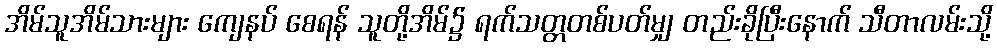
အိမ်သူအိမ်သားများ ကျေနပ် စေရန် သူတို့အိမ်၌ ရက်သတ္တတစ်ပတ်မျှ တည်းခိုပြီးနောက် သီတာလမ်းသို့